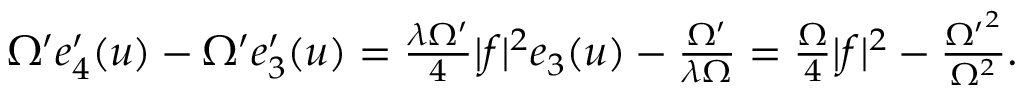
\begin{array} { r } { \Omega ^ { \prime } e _ { 4 } ^ { \prime } ( u ) - \Omega ^ { \prime } e _ { 3 } ^ { \prime } ( u ) = \frac { \lambda \Omega ^ { \prime } } { 4 } | f | ^ { 2 } e _ { 3 } ( u ) - \frac { \Omega ^ { \prime } } { \lambda \Omega } = \frac { \Omega } { 4 } | f | ^ { 2 } - \frac { { \Omega ^ { \prime } } ^ { 2 } } { \Omega ^ { 2 } } . } \end{array}